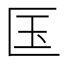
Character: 匤